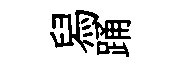
舄踊